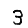
Digit: 3